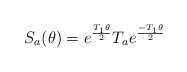
\begin{align*}S_a(\theta)=e^\frac{T_1\theta}{2} T_a e^\frac{-T_1\theta}{2}\end{align*}